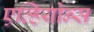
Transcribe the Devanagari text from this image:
एव्हियोन्स